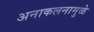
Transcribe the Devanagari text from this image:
अनाकलनामुळे